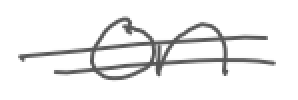
Text: on
Cross-out: double-line
Writing tool: digital_gray